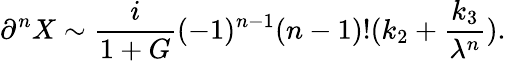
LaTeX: \partial^{n}X\sim\frac{i}{1+G}(-1)^{n-1}(n-1)!(k_{2}+\frac{k_{3}}{\lambda^{n}}).